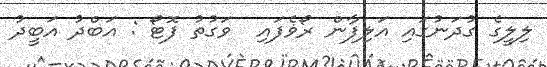
ލިލީގެ ގުދަނުގައި އަލިފާން ރޯޥެފައިި  ވަގުތު ފޮޓޯ : އަބްދު އަބީދު